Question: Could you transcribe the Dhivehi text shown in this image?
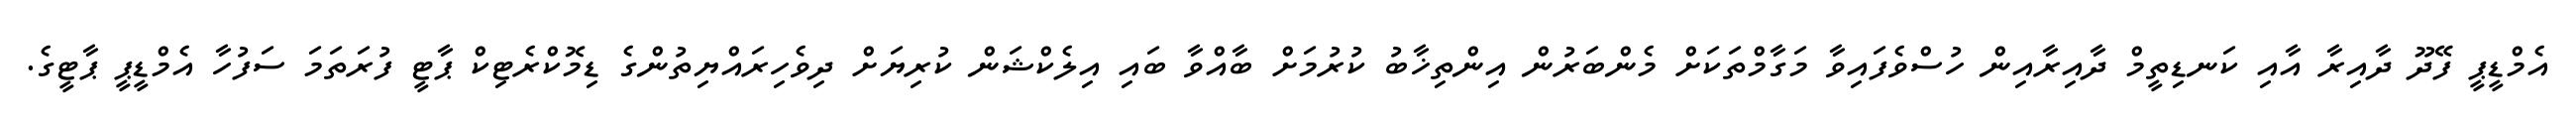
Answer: އެމްޑީޕީ ފޭދޫ ދާއިރާ އާއި ކަނޑިތީމް ދާއިރާއިން ހުސްވެފައިވާ މަގާމްތަކަށް މެންބަރުން އިންތިޚާބު ކުރުމަށް ބާއްވާ ބައި އިލެކްޝަން ކުރިޔަށް ދިވެހިރައްޔިތުންގެ ޑިމޮކްރެޓިކް ޕާޓީ ފުރަތަމަ ސަފުހާ އެމްޑީޕީ ޕާޓީގެ.